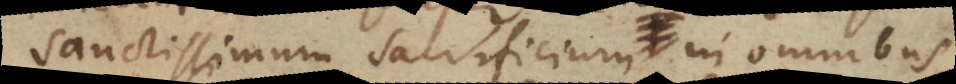
sanctissimum sacrificium in omnibus